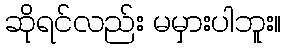
ဆိုရင်လည်း မမှားပါဘူး။